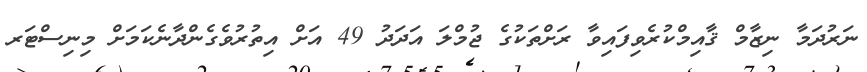
ނަރުދަމާ ނިޒާމް ޤާއިމްކުރެވިފައިވާ ރަށްތަކުގެ ޖުމްލަ އަދަދު 49 އަށް އިތުރުވެގެންދާނެކަމަށް މިނިސްޓަރ